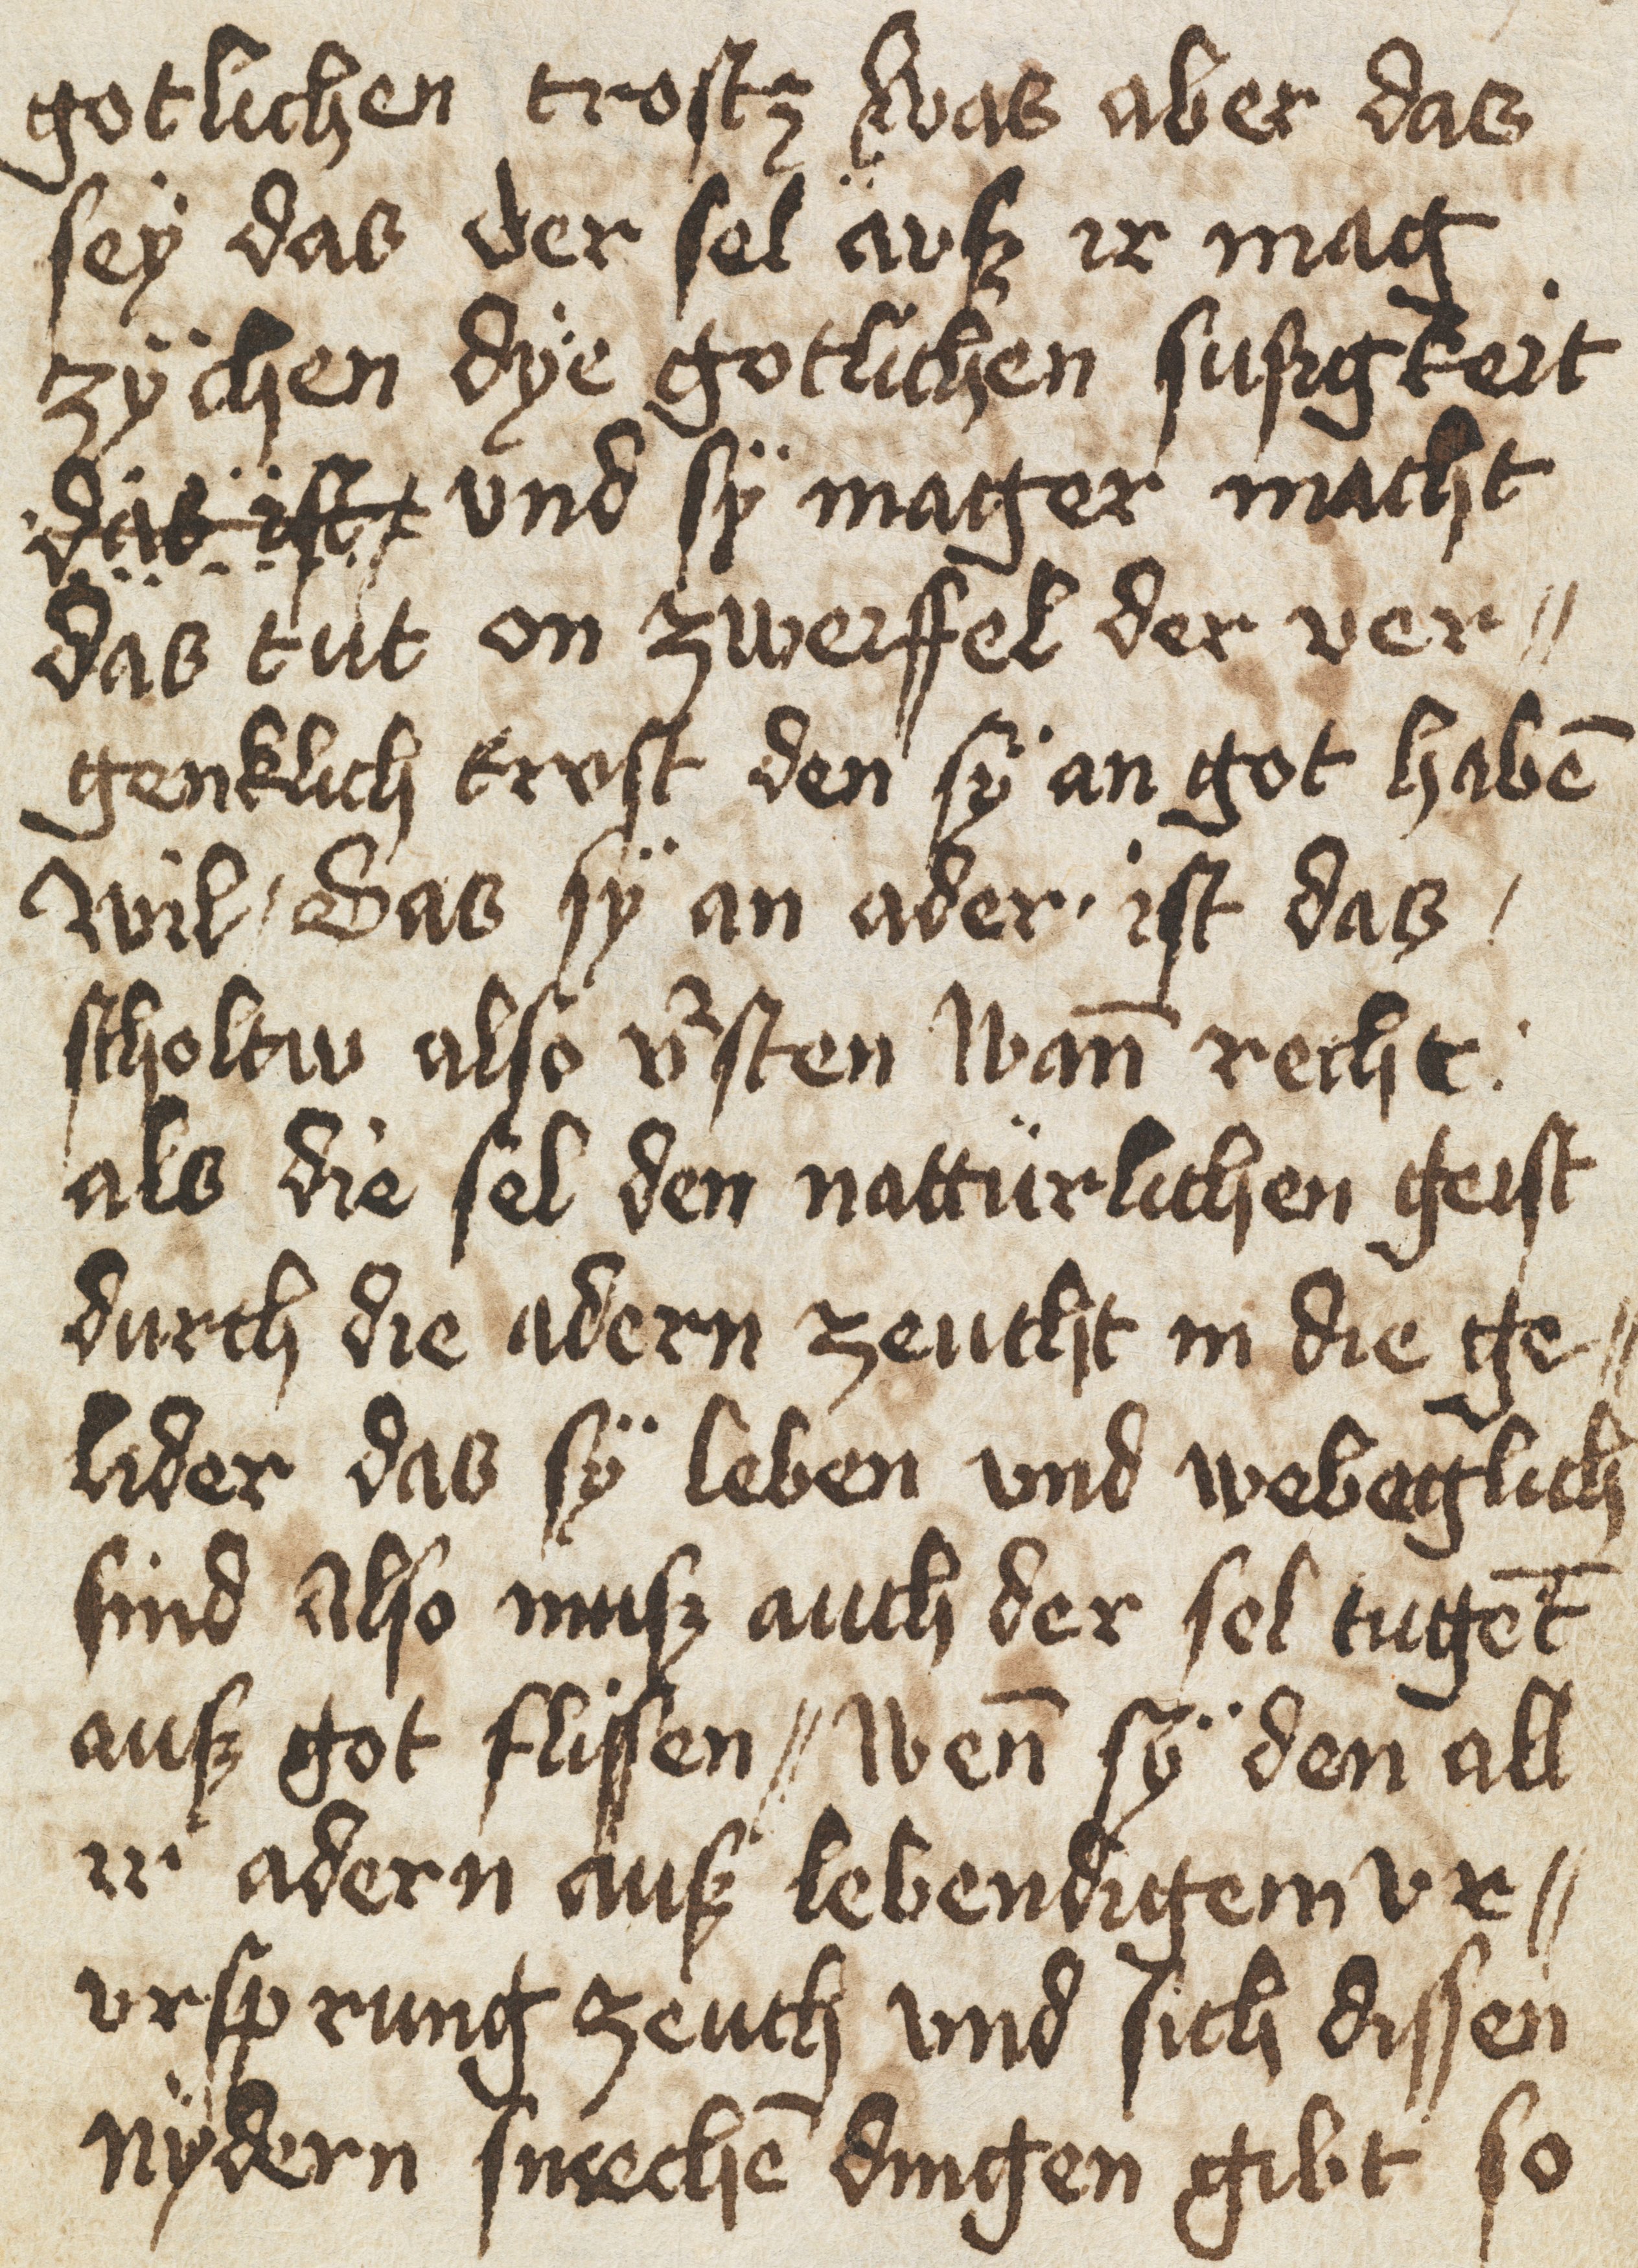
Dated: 1400–1499